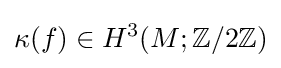
\kappa (f)\in H^{3}(M;\mathbb {Z} /2\mathbb {Z} )